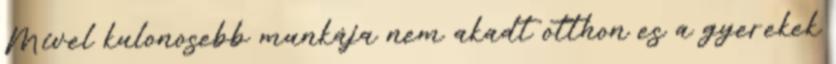
Mivel kulonosebb munkája nem akadt otthon es a gyerekek